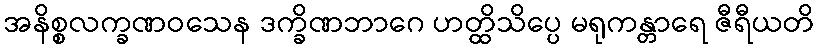
အနိစ္စလက္ခဏဝသေန ဒက္ခိဏဘာဂေ ဟတ္ထိသိပ္ပေ မရုကန္တာရေ ဇီရီယတိ